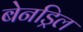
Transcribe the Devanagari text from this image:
बेनड्रिल